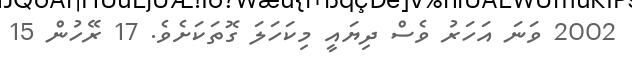
2002 ވަނަ އަހަރު ވެސް ދިޔައީ މިކަހަލަ ގޮތަކަށެވެ. 17 ރޭހުން 15